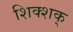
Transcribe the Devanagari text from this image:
शिक्शक्